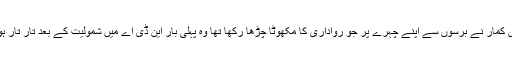
نتیش کمار نے برسوں سے اپنے چہرے پر جو رواداری کا مکھوٹا چڑھا رکھا تھا وہ پہلی بار این ڈی اے میں شمولیت کے بعد تار تار ہوگیا۔